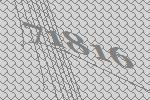
71816